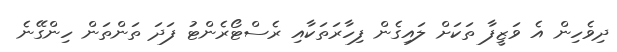
ދިވެހިން އެ ވަޒީފާ ތަކަށް ލައިގެން ފިހާރަތަކާއި ރެސްޓޯރެންޓު ފަދަ ތަންތަން ހިންގޭނެ